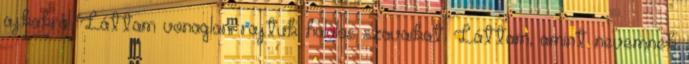
ajkakról. Láttam vonaglani rajtuk halálos szavaikat. Láttam, amint nevemnek